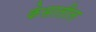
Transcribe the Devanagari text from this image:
केसातील